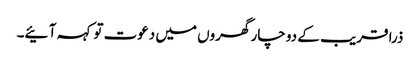
ذرا قریب کے دو چار گھروں میں دعوت تو کہہ آ ئیے۔